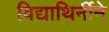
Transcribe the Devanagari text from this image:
विद्याथिर्नीने